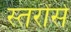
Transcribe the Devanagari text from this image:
स्तरोंसे